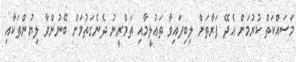
މަސައްކަތް ކުރުމަށް އެދޭ ފަރާތަށް ލިބިފައިވާ ތަޢުލީމާއި ތަމްރީނު ދެނެގަތުމަށް ބޭނުންވާ ލިޔުންތަކާއި